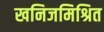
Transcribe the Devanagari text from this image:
खनिजमिश्रित